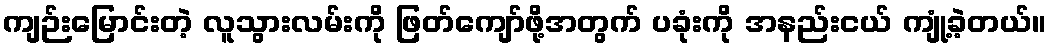
ကျဉ်းမြောင်းတဲ့ လူသွားလမ်းကို ဖြတ်ကျော်ဖို့အတွက် ပခုံးကို အနည်းငယ် ကျုံ့ခဲ့တယ်။